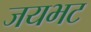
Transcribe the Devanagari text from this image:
जयभट